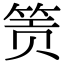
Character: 𬕂